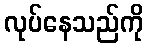
လုပ်နေသည်ကို